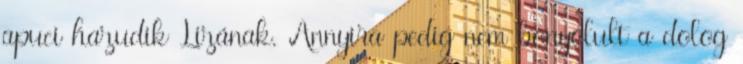
apuci hazudik Lizának. Annyira pedig nem bonyolult a dolog